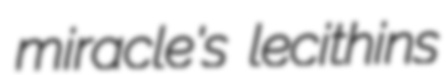
miracle's lecithins